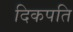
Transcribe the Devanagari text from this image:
दिकपति